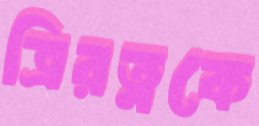
ত্রিরত্নকে